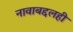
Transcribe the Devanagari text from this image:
नावाबद्दलही